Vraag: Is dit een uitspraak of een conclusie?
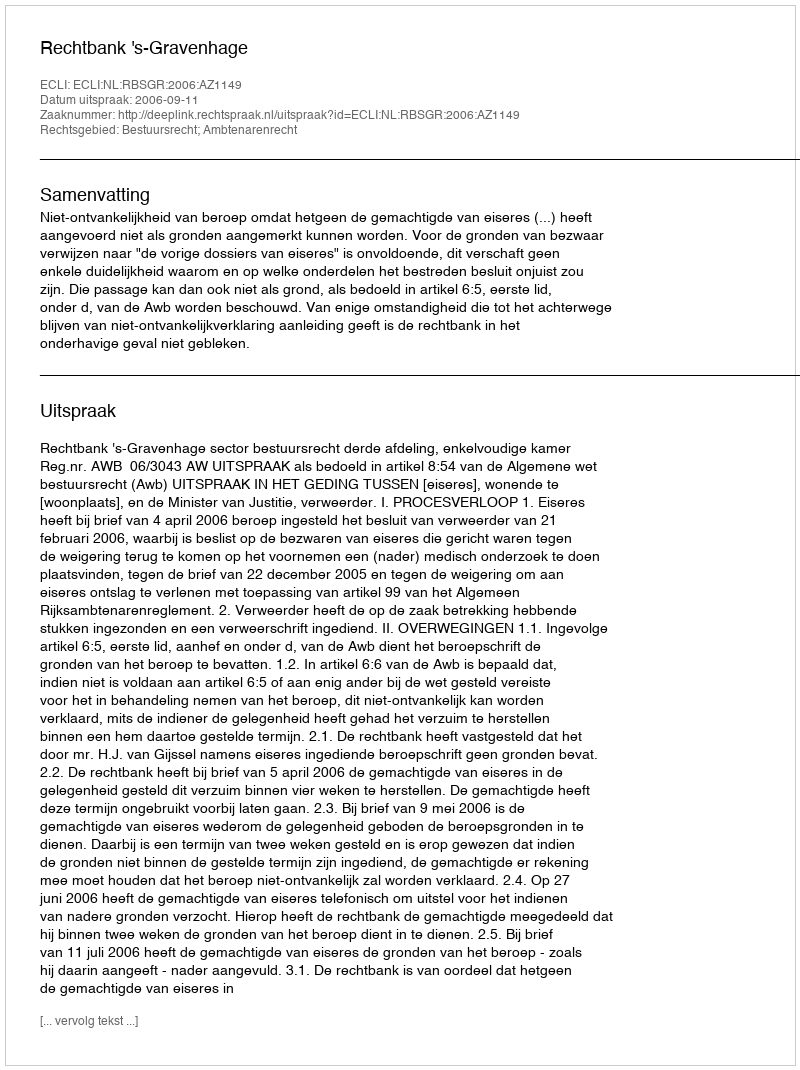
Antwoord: Uitspraak